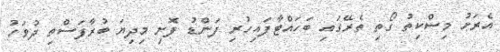
އެރަށު މިސްކިތު ގޯތި ތެރޭގައި ބަހައްޓާފައިހުރި ފަންޑު ފޮށި މިދިޔަ ބުރާފަސްތި ދުވަހު